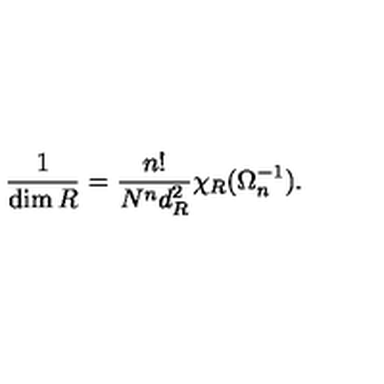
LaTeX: { \frac { 1 } { \dim R } } = { \frac { n ! } { N ^ { n } d _ { R } ^ { 2 } } } \chi _ { R } ( \Omega _ { n } ^ { - 1 } ) .